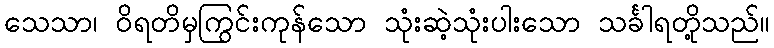
သေသာ၊ ဝိရတိမှကြွင်းကုန်သော သုံးဆဲ့သုံးပါးသော သင်္ခါရတို့သည်။